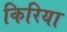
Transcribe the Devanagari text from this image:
किरिया